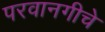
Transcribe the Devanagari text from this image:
परवानगीचे